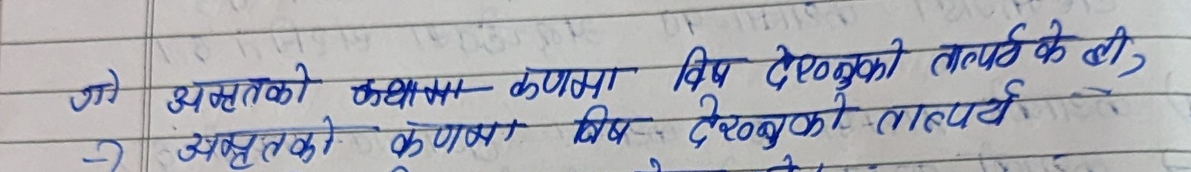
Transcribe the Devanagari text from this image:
जो अमृतको कथामा विष देख्नुको तात्पर्य के हो,
-> अमृतको कणमा विष देख्नुको तात्पर्य